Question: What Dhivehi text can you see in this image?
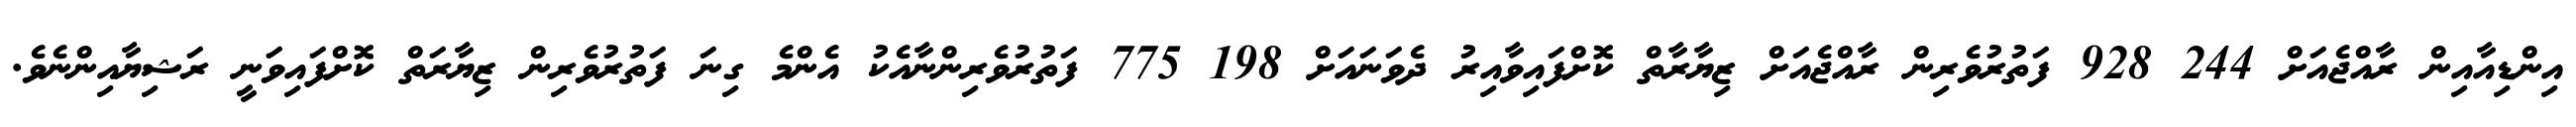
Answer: އިންޑިއާއިން ރާއްޖެއަށް 244 928 ފަތުރުވެރިން ރާއްޖެއަށް ޒިޔާރާތް ކޮށްފައިވާއިރު ދެވަނައަށް 198 775 ފަތުރުވެރިންނާއެކު އެންމެ ގިނަ ފަތުރުވެރިން ޒިޔާރަތް ކޮށްފައިވަނީ ރަޝިޔާއިންނެވެ.